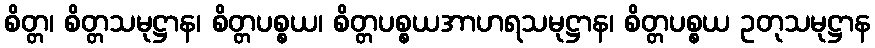
စိတ္တ၊ စိတ္တသမုဋ္ဌာန၊ စိတ္တပစ္စယ၊ စိတ္တပစ္စယအာဟရသမုဋ္ဌာန၊ စိတ္တပစ္စယ ဥတုသမုဋ္ဌာန